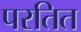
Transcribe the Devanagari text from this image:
परतित